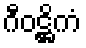
ဂီဝဋ္ဌိကံ